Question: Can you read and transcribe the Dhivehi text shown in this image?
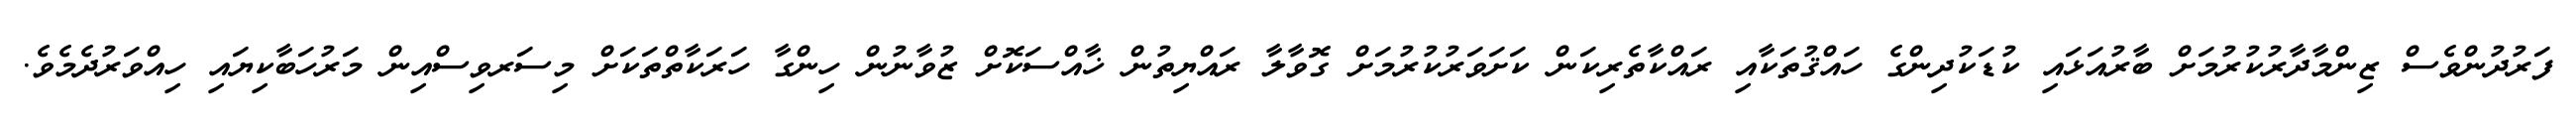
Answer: ފަރުދުންވެސް ޒިންމާދާރުކުރުމަށް ބާރުއަޅައި ކުޑަކުދިންގެ ހައްޤުތަކާއި ރައްކާތެރިކަން ކަށަވަރުކުރުމަށް ގޮވާލާ ރައްޔިތުން ޚާއްސަކޮށް ޒުވާނުން ހިންގާ ހަރަކާތްތަކަށް މިސަރވިސްއިން މަރުހަބާކިޔައި ހިއްވަރުދެމެވެ.